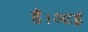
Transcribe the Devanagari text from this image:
हैं।आई